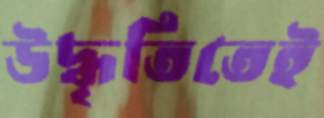
উদ্ধৃতিতেই